Vaccination in Bombay 1924-1928 - 1924-1928
Year: 1924
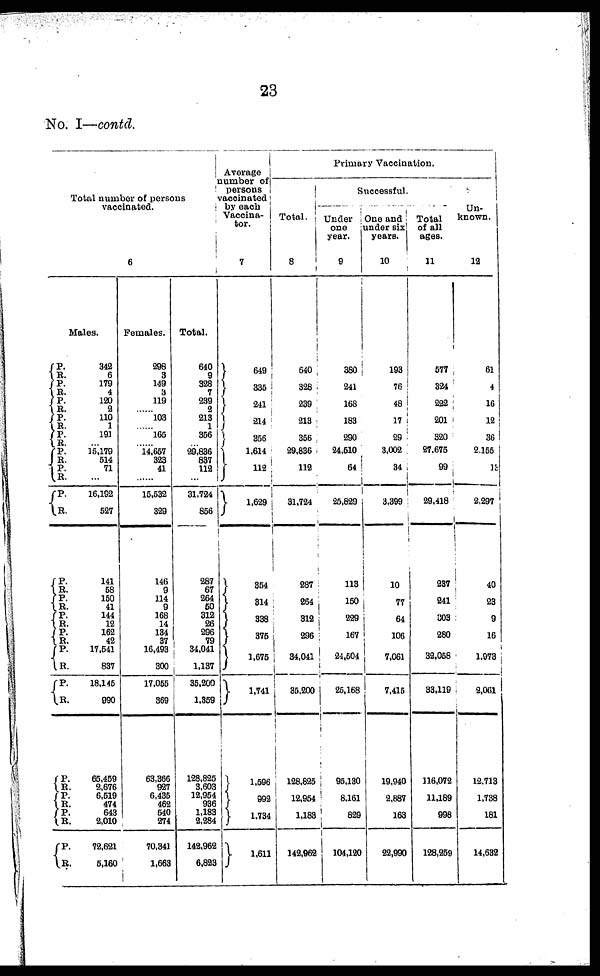
23
No. I—contd.
Total number of persons
vaccinated.
6
Males.
P.
R.
P.
R.
P.
R.
P.
R.
P.
R.
P. R.
P.
R.
P.
R.
P.
R.
P.
R.
P.
R.
P.
R.
P.
R.
P. R.
P.
R.
P. R.
P. R.
P.
R.
342
6
179
4
120
2
110
1
191
...
15,179
514
71
...
16,192
527
141
58
150
41
144
12
162
42
17,541
837
18,145
990
65,459
2,676
6,519
474
643
2,010
72,621
5,160
Females.
298
3
149
3
119
......
103
......
165
......
14,657
323
41
......
15,532
329
146
9
114
9
168
14
134
37
16,493
300
17,055
369
63,366
927
6,435
462
540
274
70,341
1,663
Total.
640
9
328
7
239
2
213
1
356
...
29,836
837
112
...
31,724
856
287
67
264
50
312
26
296
79
34,041
1,137
35,200
1,359
128,825
3,603
12,954
936
1,183
2,284
142,962
6,823
Average
number of
persons
vaccinated
by each
Vaccina¬
tor.
7
649
335
241
214
356
1,614
112
1,629
354
314
338
375
1,675
1,741
1,596
992
1,734
1,611
Primary Vaccination.
Total.
8
640
328
239
213
356
29,836
112
31,724
287
264
312
296
34,041
35,200
128,825
12,954
1,185
142,962
Successful.
Under
one
year.
9
380
241
168
183
290
24,510
64
25,829
113
150
229
167
24,504
25,168
95,130
8,161
829
104,120
One and
under six
years.
10
193
76
48
17
29
3,002
34
3,399
10
77
64
106
7,061
7,415
19,940
2,887
163
22,990
Total
of all
ages.
11
577
324
222
201
320
27,675
99
29,418
237
241
303
280
32,058
33,119
116,072
11,189
998
128,259
Un-
known.
12
61
4
16
12
36
2,155
13
2,297
40
23
9
16
1,973
2,061
12,713
1,738
181
14,632